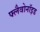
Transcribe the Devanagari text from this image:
फ्लैवोनाॅइड